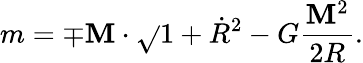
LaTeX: m=\mp\mathbf{M}\cdot\sqrt{}{{1+\dot{{R}}^{2}}}-G\frac{{\mathbf{M}^{2}}}{{2R}}.